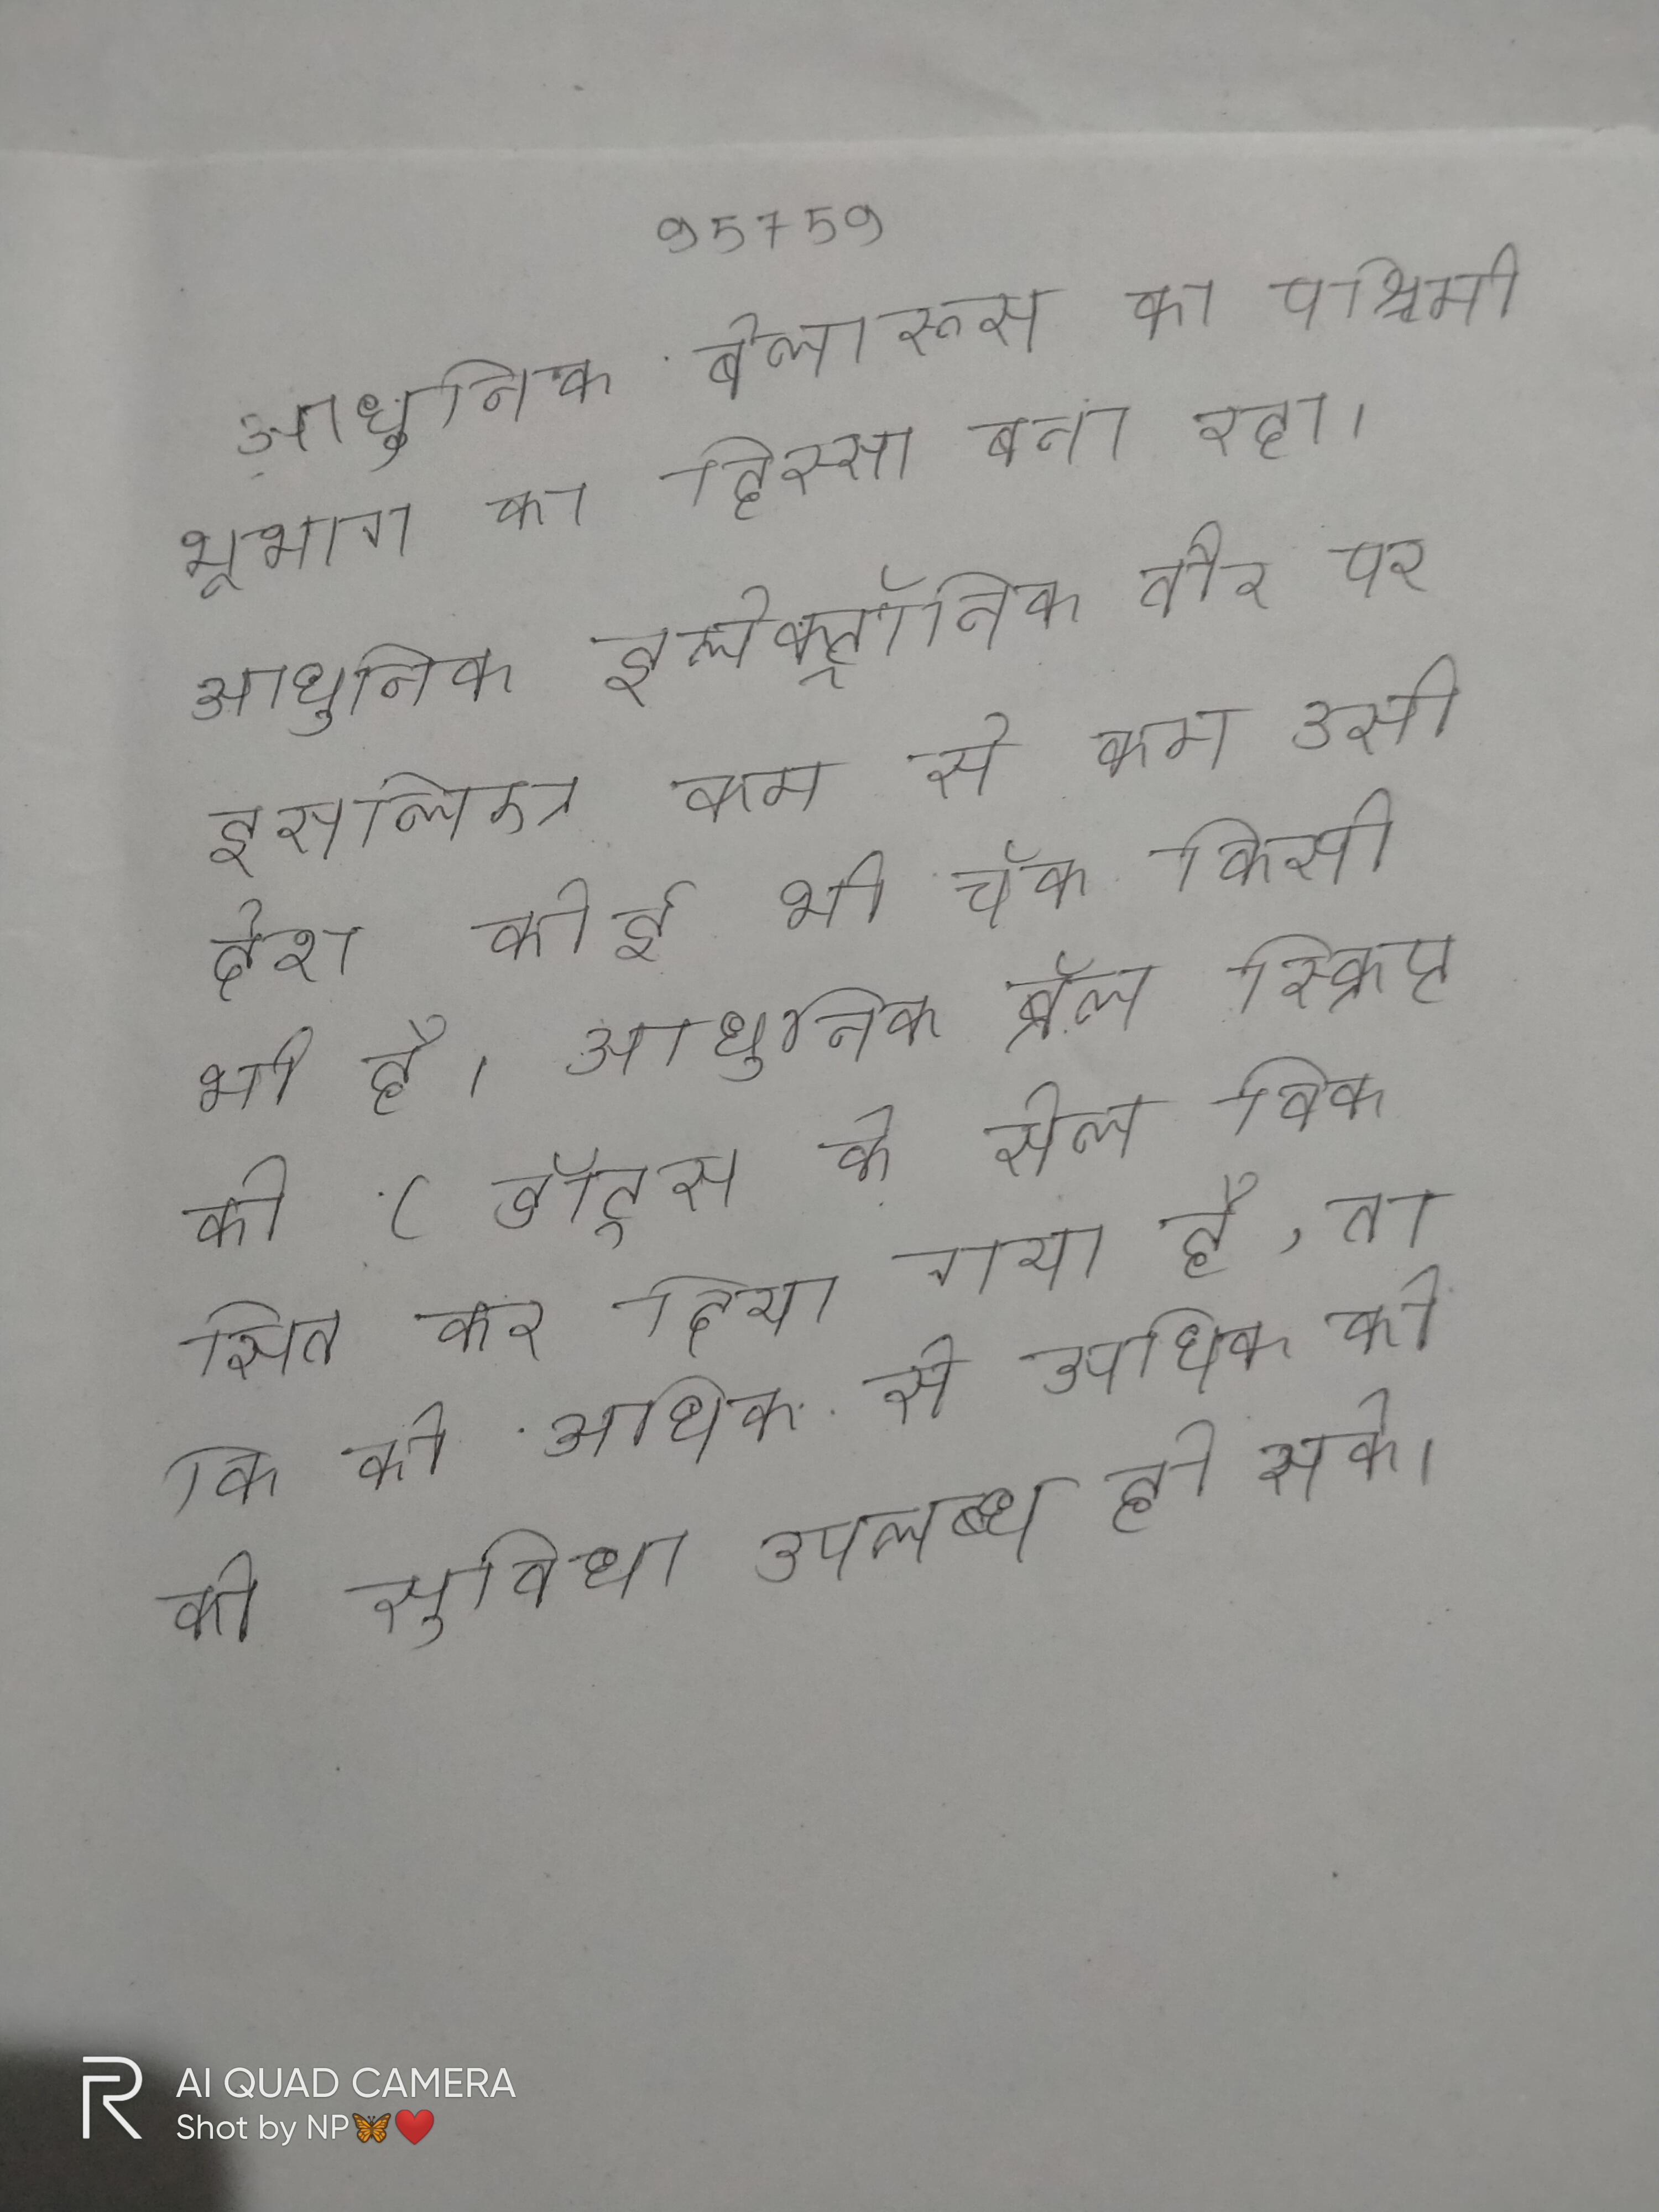
आधुनिक बेलारूस का पश्चिमी भूभाग का हिस्सा बना रहा । आधुनिक इलेक्ट्रॉनिक तौर पर इसलिए कम से कम उसी देश कोई भी चॅक किसी भी है । आधुनिक ब्रेल स्क्रिप्ट को ८ डॉट्स के सेल विकसित कर दिया गया है, ताकि को अधिक से अधिक को की सुविधा उपलब्ध हो सके ।